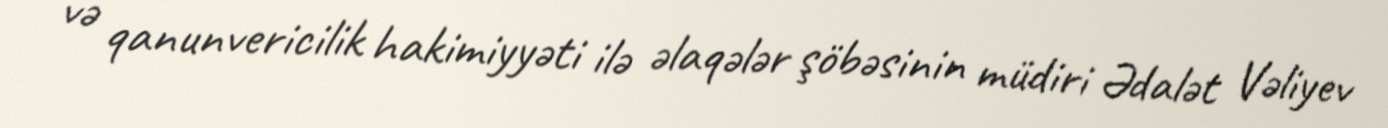
və qanunvericilik hakimiyyəti ilə əlaqələr şöbəsinin müdiri Ədalət Vəliyev